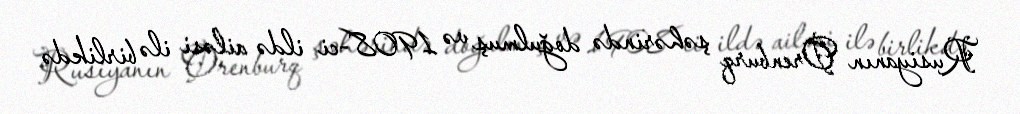
Rusiyanın Orenburq şəhərində doğulmuş və 1908-ci ildə ailəsi ilə birlikdə